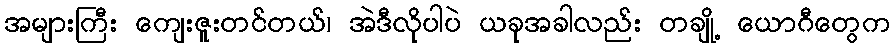
အများကြီး ကျေးဇူးတင်တယ်၊ အဲဒီလိုပါပဲ ယခုအခါလည်း တချို့ ယောဂီတွေက